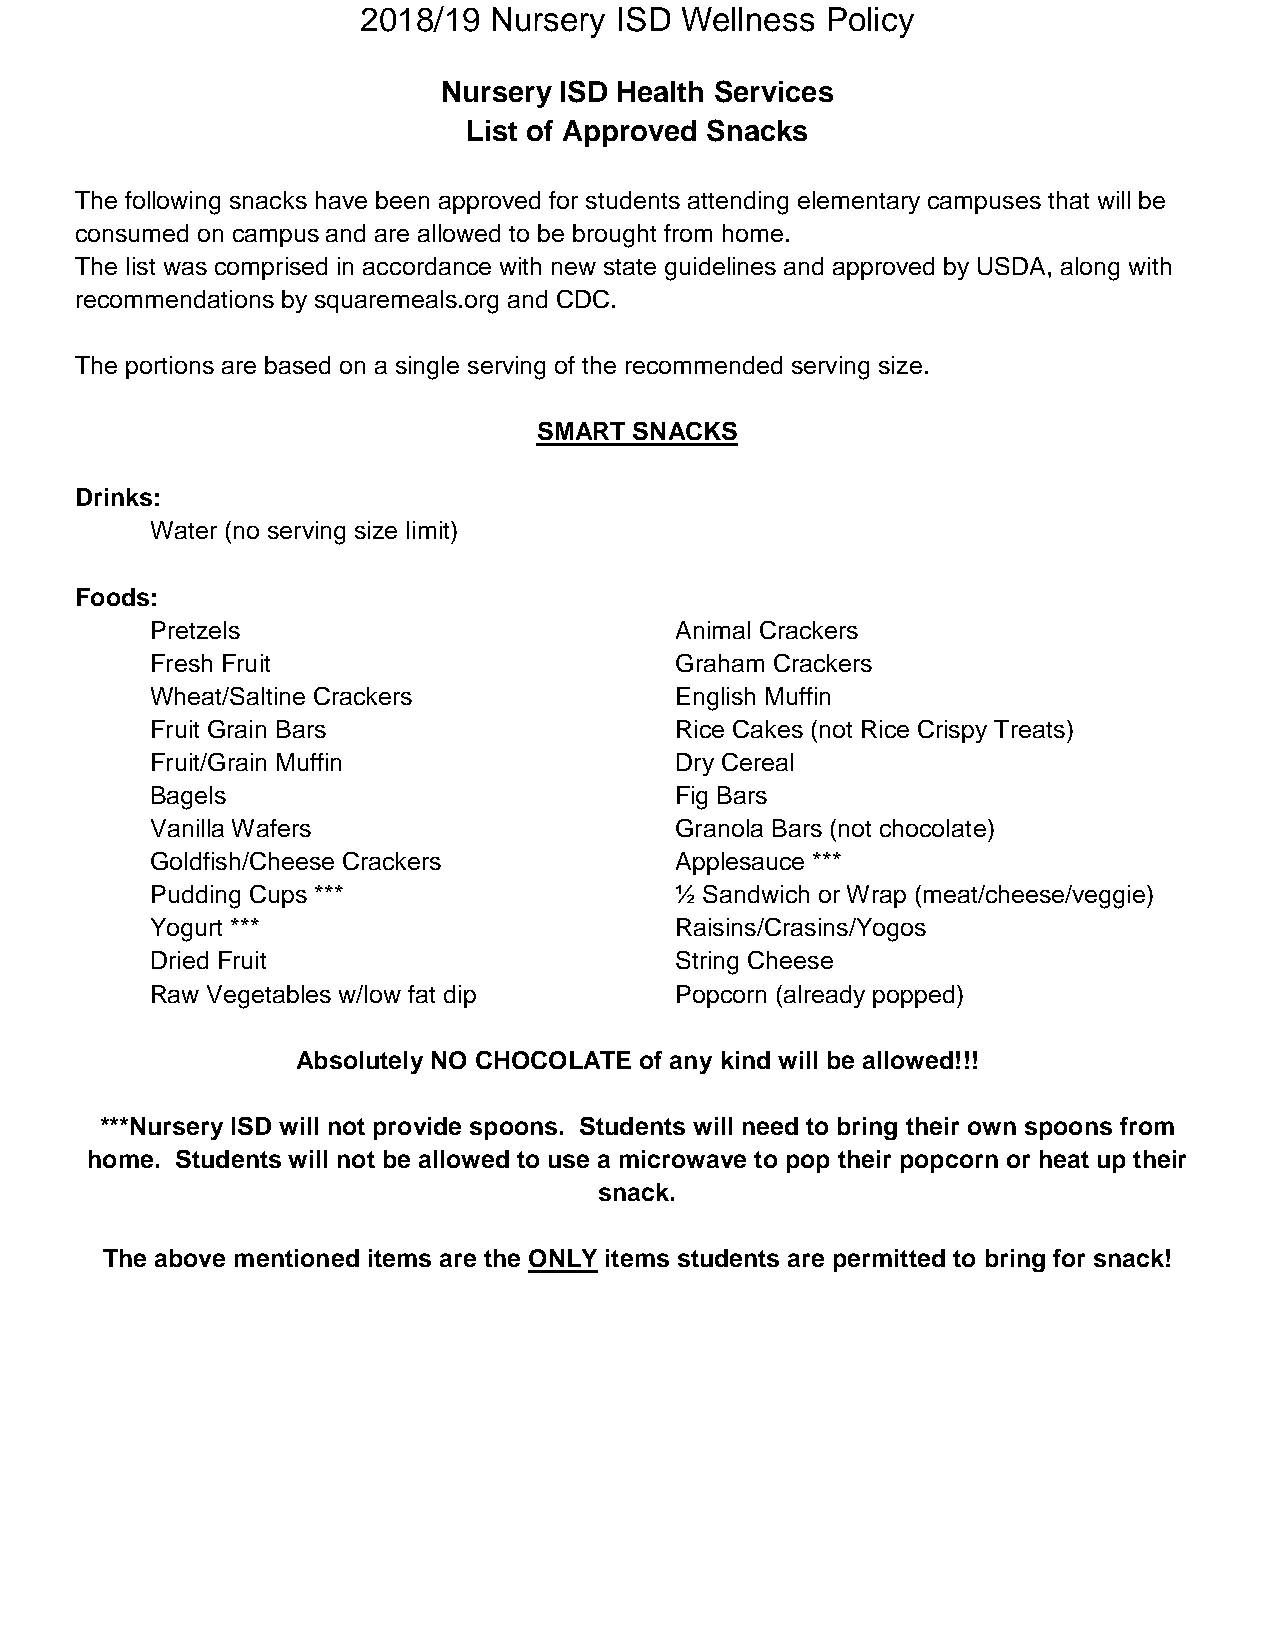
2018/19 Nursery  ISD Wellness  Policy
 Nursery ISD Health Services
 List of Approved Snacks
 The following snacks have been approved for students attending elementary campuses that will be
 consumed on campus and are allowed to be brought from home.
 The list was comprised in accordance with new state guidelines and approved by USDA, along with
 recommendations by squaremeals.org and CDC.
 The portions are based on a single serving of the recommended serving size.
 SMART SNACKS
 Drinks:
 Water (no serving size limit)
 Foods:
 Pretzels                           Animal Crackers
 Fresh Fruit                        Graham Crackers
 Wheat/Saltine Crackers             English Muffin
 Fruit Grain Bars                   Rice Cakes (not Rice Crispy Treats)
 Fruit/Grain Muffin                 Dry Cereal
 Bagels                             Fig Bars
 Vanilla Wafers                     Granola Bars (not chocolate)
 Goldfish/Cheese Crackers           Applesauce ***
 Pudding Cups ***                   ½ Sandwich or Wrap (meat/cheese/veggie)
 Yogurt ***                         Raisins/Crasins/Yogos
 Dried Fruit                        String Cheese
 Raw Vegetables w/low fat dip       Popcorn (already popped)
 Absolutely NO CHOCOLATE of any kind will be allowed!!!
 ***Nursery ISD will not provide spoons. Students will need to bring their own spoons from
 home. Students will not be allowed to use a microwave to pop their popcorn or heat up their
 snack.
 The above mentioned items are the ONLY items students are permitted to bring for snack!